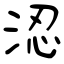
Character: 涊